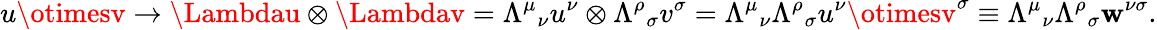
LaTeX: u\otimesv\rightarrow\Lambdau\otimes\Lambdav={\Lambda^{\mu}}_{\nu}u^{\nu}\otimes{\Lambda^{\rho}}_{\sigma}v^{\sigma}={\Lambda^{\mu}}_{\nu}{\Lambda^{\rho}}_{\sigma}u^{\nu}\otimesv^{\sigma}\equiv{\Lambda^{\mu}}_{\nu}{\Lambda^{\rho}}_{\sigma}\mathbf{w}^{\nu\sigma}.